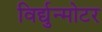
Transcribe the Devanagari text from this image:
विर्द्युन्मोटर